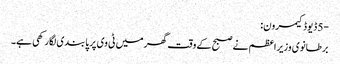
-5 ڈیوڈ کیمرون:
برطانوی وزیراعظم نے صبح کے وقت گھر میں ٹی وی پر پابندی لگارکھی ہے۔